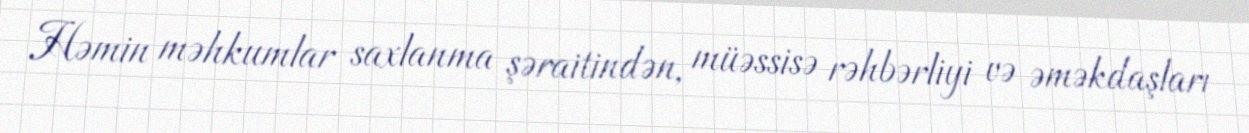
Həmin məhkumlar saxlanma şəraitindən, müəssisə rəhbərliyi və əməkdaşları